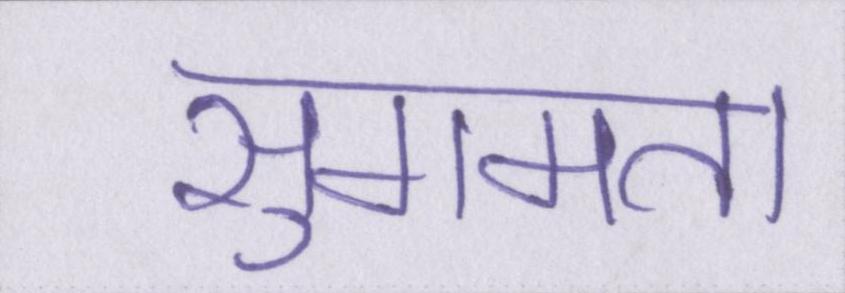
सुगमता